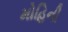
મોહિની